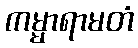
ကမ္မာရာမတံ